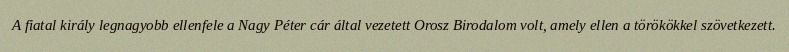
A fiatal király legnagyobb ellenfele a Nagy Péter cár által vezetett Orosz Birodalom volt, amely ellen a törökökkel szövetkezett.